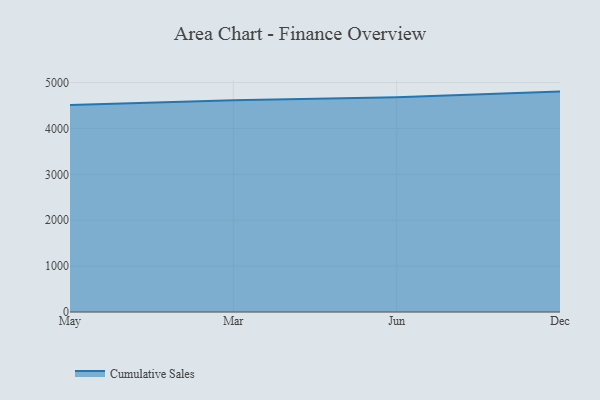
{"axis": {"x": "Month", "y": "Net Income (USD K)"}, "legend": ["Cumulative Sales"], "data": [{"x": "May", "y": 4512.6, "type": "Cumulative Sales"}, {"x": "Mar", "y": 4614.6, "type": "Cumulative Sales"}, {"x": "Jun", "y": 4681.8, "type": "Cumulative Sales"}, {"x": "Dec", "y": 4803.1, "type": "Cumulative Sales"}]}